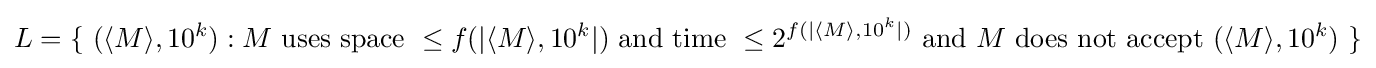
L=\{~(\langle M\rangle ,10^{k}):M{\mbox{ uses space }}\leq f(|\langle M\rangle ,10^{k}|){\mbox{ and time }}\leq 2^{f(|\langle M\rangle ,10^{k}|)}{\mbox{ and }}M{\mbox{ does not accept }}(\langle M\rangle ,10^{k})~\}